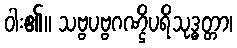
ဝါး၏။ သဗ္ဗပဗ္ဗဂဏ္ဌိပရိသုဒ္ဓတ္တာ၊